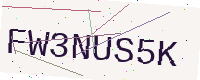
Text: FW3NUS5K